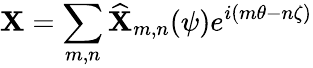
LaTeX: \mathbf{X}=\sum_{m,n}\widehat{{\mathbf{X}}}_{m,n}(\psi)e^{i(m\theta-n\zeta)}